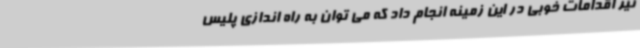
نیز اقدامات خوبی در این زمینه انجام داد که می توان به راه اندازی پلیس